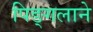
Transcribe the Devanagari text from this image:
पिङ्गलाने